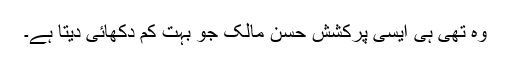
وہ تھی ہی ایسی پرکشش حسن مالک جو بہت کم دکھائی دیتا ہے۔